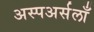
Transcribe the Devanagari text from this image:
अस्पअर्सलाँ